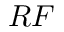
R F